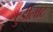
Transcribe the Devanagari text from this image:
टुंडीलाट